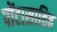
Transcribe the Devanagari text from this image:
पोंटासाहिब